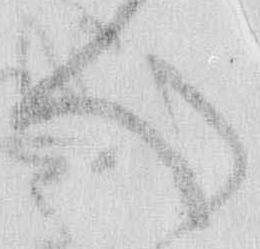
心